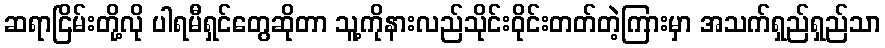
ဆရာငြိမ်းတို့လို ပါရမီရှင်တွေဆိုတာ သူ့ကိုနားလည်သိုင်းဝိုင်းတတ်တဲ့ကြားမှာ အသက်ရှည်ရှည်သာ